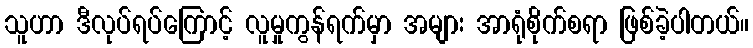
သူဟာ ဒီလုပ်ရပ်ကြောင့် လူမှုကွန်ရက်မှာ အများ အာရုံစိုက်စရာ ဖြစ်ခဲ့ပါတယ်။